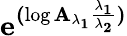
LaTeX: \mathbf{e^{(\log\mathbf{{A_{\lambda_{1}}}}\frac{\lambda_{1}}{\lambda_{2}})}}